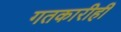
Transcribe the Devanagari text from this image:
गतकारीही